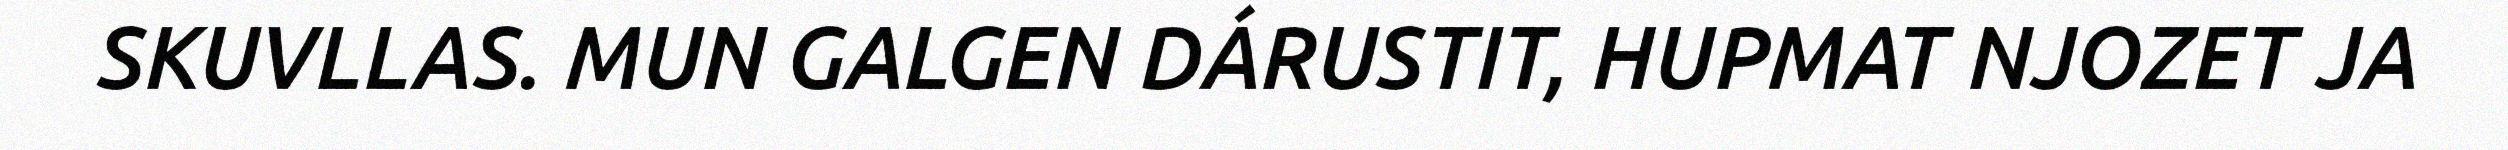
SKUVLLAS. MUN GALGEN DÁRUSTIT, HUPMAT NJOZET JA